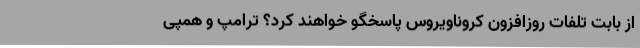
از بابت تلفات روزافزون کروناویروس پاسخگو خواهند کرد؟ ترامپ و همپی